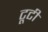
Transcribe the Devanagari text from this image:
टूटीं